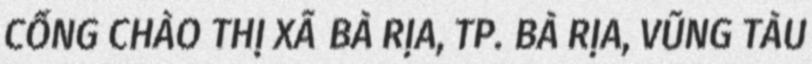
CỔNG CHÀO THỊ XÃ BÀ RỊA, TP. BÀ RỊA, VŨNG TÀU